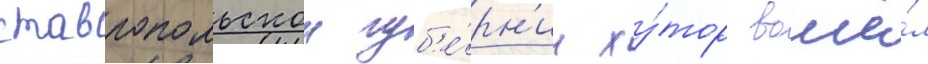
ставропольскои губ'е́рн'ии ху́тор вошё́л